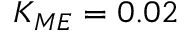
K _ { M E } = 0 . 0 2